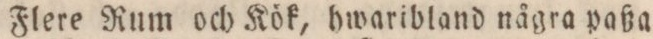
Flere Rum och Kök, hwaribland några paßa